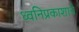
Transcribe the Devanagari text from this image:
ध्वनिप्रकाशाचे